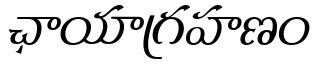
ఛాయాగ్రహణం